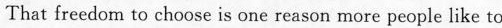
That freedom to choose is one reason more people like to